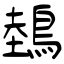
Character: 鵱